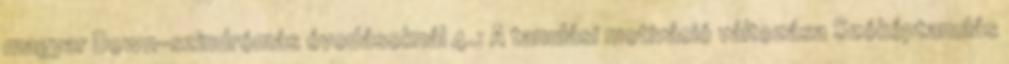
magyar Down-szindrómás óvodásoknál 4.: A tanulási motiváció változása Szóképtanulás